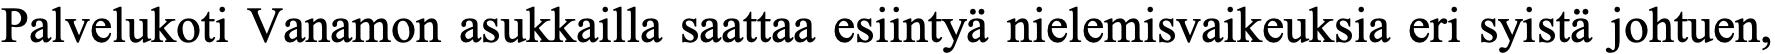
Palvelukoti Vanamon asukkailla saattaa esiintyä nielemisvaikeuksia eri syistä johtuen,